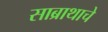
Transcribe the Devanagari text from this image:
साब्राथाचे